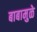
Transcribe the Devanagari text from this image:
बाबामुळे